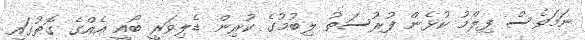
ނަމަވެސް ފިލްމު ކުޅެން ފުރުސަތު ލިބުމުގެ ކުރިން ޑެލިވަރީ ބޯއީ އެއްގެ ގޮތުގައި